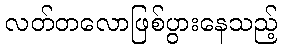
လတ်တလောဖြစ်ပွားနေသည့်